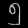
Digit: ၅